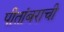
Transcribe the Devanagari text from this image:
पीतांबराची